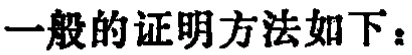
一般的证明方法如下：